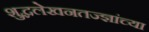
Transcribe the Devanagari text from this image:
शुद्धलेखनतज्ज्ञांच्या